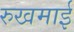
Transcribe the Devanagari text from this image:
रुखमाई